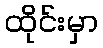
ထိုင်းမှာ